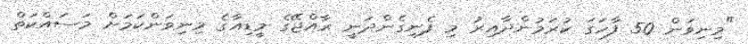
"މިނިވަން 50 ފާހަގަ ކުރަމުންދާއިރު މި ފެނިގެންދަނީ ރާއްޖޭގެ މީޑިއާގެ މިނިވަންކަމަށް މަސައްކަތް